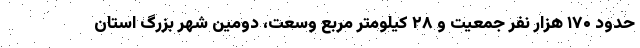
حدود ۱۷۰ هزار نفر جمعیت و ۲۸ کیلومتر مربع وسعت، دومین شهر بزرگ استان